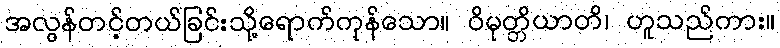
အလွန်တင့်တယ်ခြင်းသို့ရောက်ကုန်သော။ ဝိမုတ္တိယာတိ၊ ဟူသည်ကား။